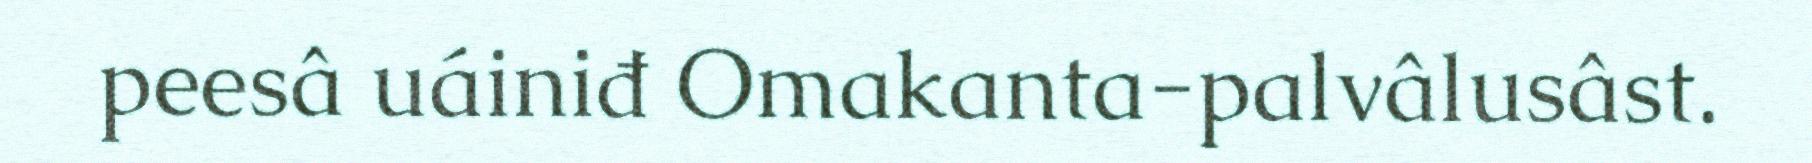
peesâ uáiniđ Omakanta-palvâlusâst.